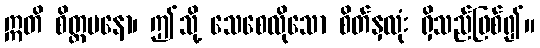
ဣတိ စိတ္တမနော၊ ဤသို့ သေစေလိုသော စိတ်နှလုံး ရှိသည်ဖြစ်၍။